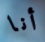
أنا